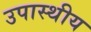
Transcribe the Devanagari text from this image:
उपास्थीय